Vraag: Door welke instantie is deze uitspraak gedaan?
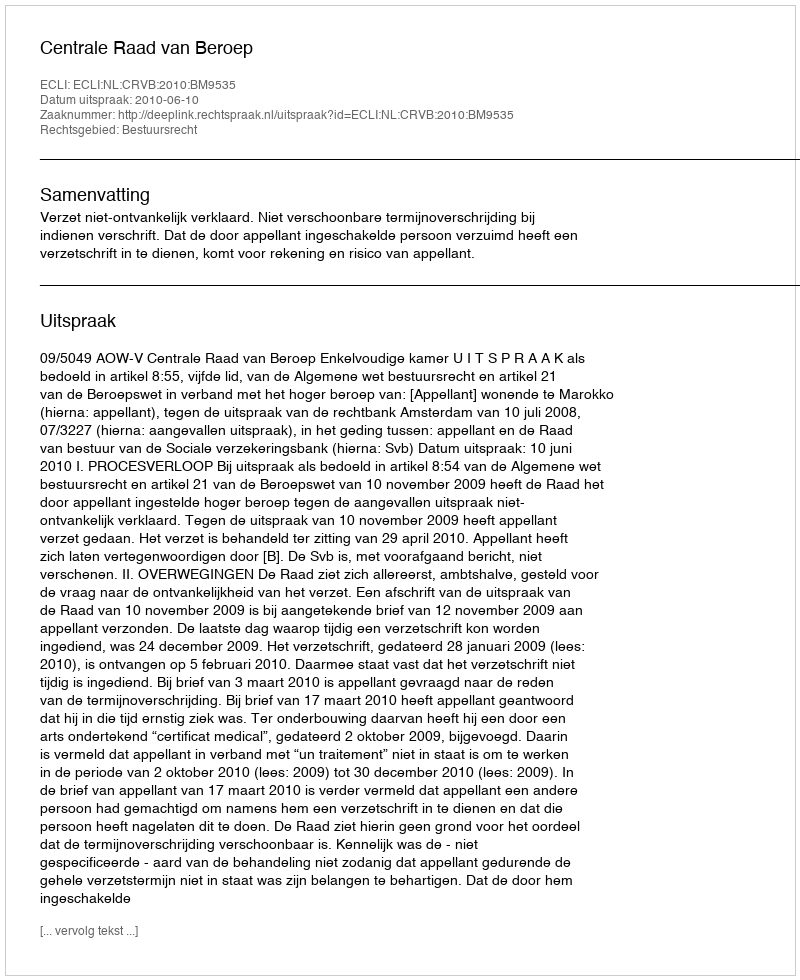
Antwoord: Centrale Raad van Beroep